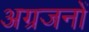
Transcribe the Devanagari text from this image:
अग्रजनों